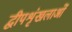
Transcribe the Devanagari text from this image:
द्वीपशृंखलाओं